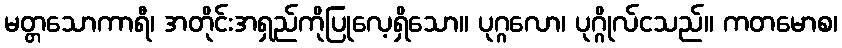
မတ္တသောကာရီ၊ အတိုင်းအရှည်ကိုပြုလေ့ရှိသော။ ပုဂ္ဂလော၊ ပုဂ္ဂိုလ်ငသည်။ ကတမောစ၊